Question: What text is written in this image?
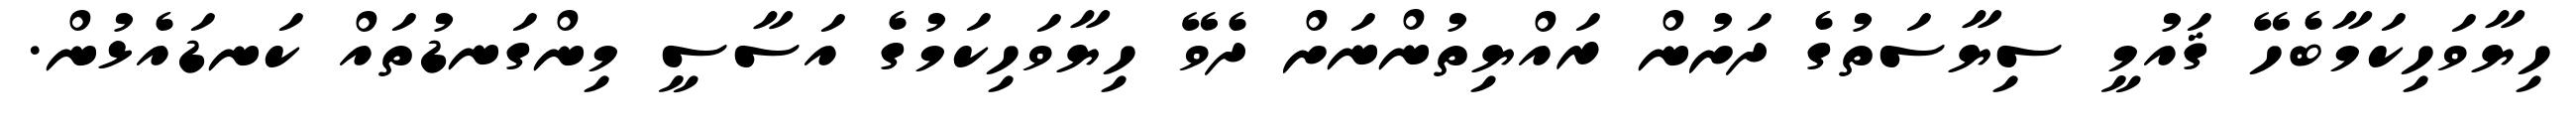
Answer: ހިޔާވަހިކަމާބެހޭ ޤައުމީ ސިޔާސަތުގެ ދަށުން ރައްޔިތުންނަށް ދެވޭ ހިޔާވަހިކަމުގެ އަސާސީ މިންގަނޑުތައް ކަނޑައެޅުން.